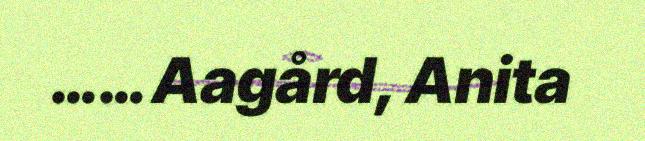
…… Aagård, Anita